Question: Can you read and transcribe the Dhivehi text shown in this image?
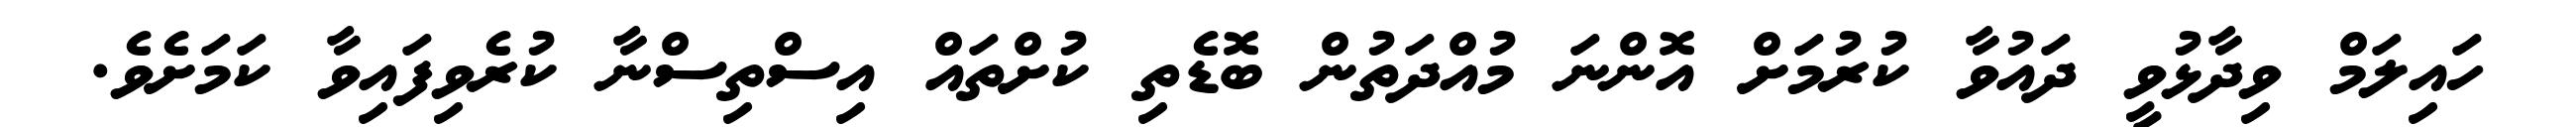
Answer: ހައިލަމް ވިދާޅުވީ ދައުވާ ކުރުމަށް އޮންނަ މުއްދަތުން ބޮޑެތި ކުށްތައް އިސްތިސްނާ ކުރެވިފައިވާ ކަމަށެވެ.